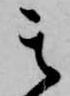
其